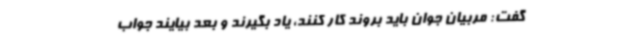
گفت: مربیان جوان باید بروند کار کنند، یاد بگیرند و بعد بیایند جواب